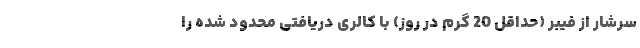
سرشار از فیبر (حداقل 20 گرم در روز) با کالری دریافتی محدود شده را